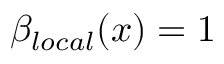
\beta _ { l o c a l } ( x ) = 1